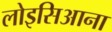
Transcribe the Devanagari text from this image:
लोइसिआना